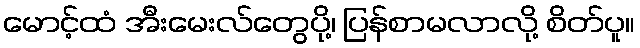
မောင့်ထံ အီးမေးလ်တွေပို့၊ ပြန်စာမလာလို့ စိတ်ပူ။